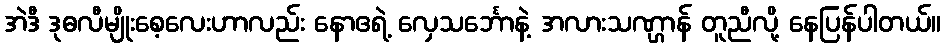
အဲဒီ ဒုဓလီမျိုးစေ့လေးဟာလည်း နောဧရဲ့ လှေသင်္ဘောနဲ့ အလားသဏ္ဌာန် တူညီလို့ နေပြန်ပါတယ်။